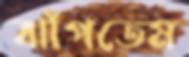
ঝাঁপতেম